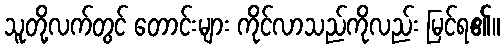
သူတို့လက်တွင် တောင်းများ ကိုင်လာသည်ကိုလည်း မြင်ရ၏။